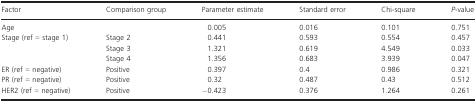
<table><thead><tr><td><b>Factor</b></td><td><b>Comparison group</b></td><td><b>Parameter estimate</b></td><td><b>Standard error</b></td><td><b>Chi-square</b></td><td><b><i>P</i>-value</b></td></tr></thead><tbody><tr><td>Age</td><td></td><td>0.005</td><td>0.016</td><td>0.101</td><td>0.751</td></tr><tr><td rowspan="3">Stage (ref = stage 1)</td><td>Stage 2</td><td>0.441</td><td>0.593</td><td>0.554</td><td>0.457</td></tr><tr><td>Stage 3</td><td>1.321</td><td>0.619</td><td>4.549</td><td>0.033</td></tr><tr><td>Stage 4</td><td>1.356</td><td>0.683</td><td>3.939</td><td>0.047</td></tr><tr><td>ER (ref = negative)</td><td>Positive</td><td>0.397</td><td>0.4</td><td>0.986</td><td>0.321</td></tr><tr><td>PR (ref = negative)</td><td>Positive</td><td>0.32</td><td>0.487</td><td>0.43</td><td>0.512</td></tr><tr><td>HER2 (ref = negative)</td><td>Positive</td><td>−0.423</td><td>0.376</td><td>1.264</td><td>0.261</td></tr></tbody></table>